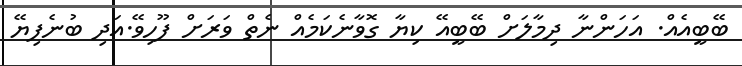
ބޭބީއެއް. އަހަންނާ ދިމާލަށް ބޭބީއޭ ކިޔާ ގޮވާނެކަމެއް ނެތް ވަރަށް ފޫހިވޭ.އަދި ބުނެފިޔޭ